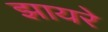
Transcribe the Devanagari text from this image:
झायरे